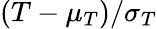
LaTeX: (T-\mu_{T})/\sigma_{T}